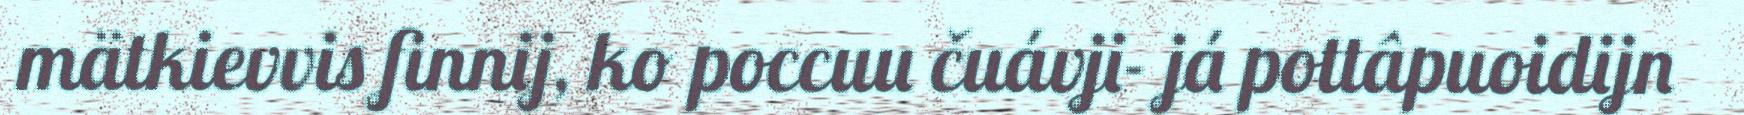
mätkievvis finnij, ko poccuu čuávji- já pottâpuoidijn